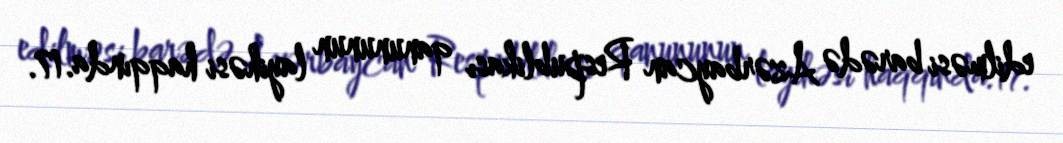
edilməsi barədə Azərbaycan Respublikası qanununun layihəsi haqqında.17.